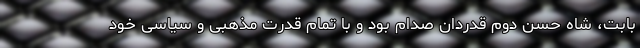
بابت، شاه حسن دوم قدردان صدام بود و با تمام قدرت مذهبی و سیاسی خود